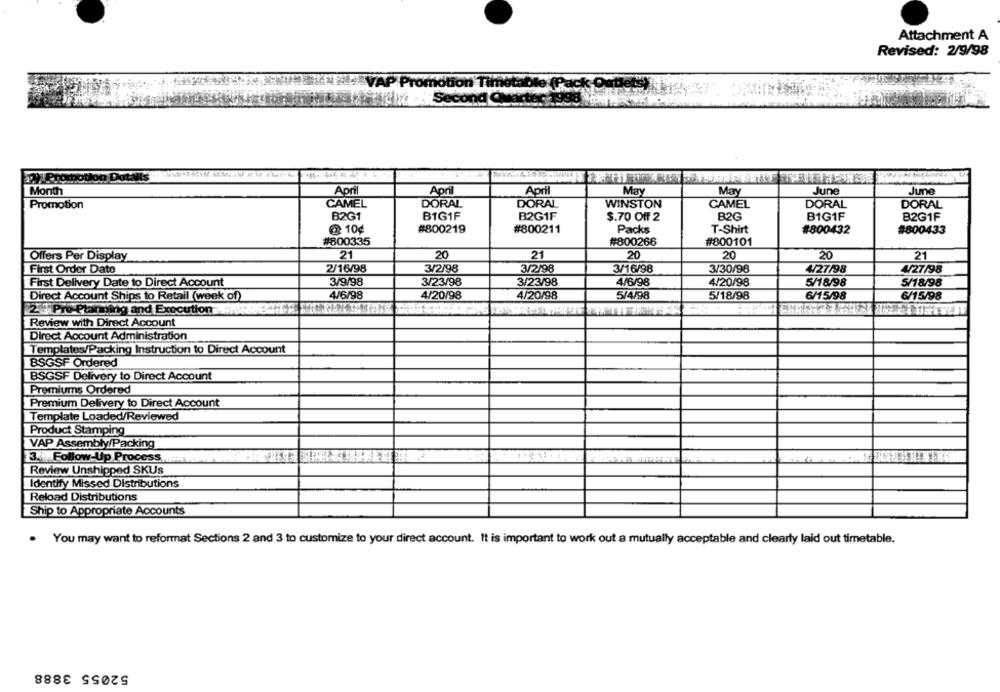
Attachment A
Revised: 2/9/98
table (Pac
econd
Month
April
April
April
May
May
June
June
Promotion
CAMEL
DORAL
DORAL
WINSTON
CAMEL
DORAL
DORAL
B2G1
B1G1F
B2G1F
$.70 Off 2
B2G
B1G1F
B2G1F
@ 10¢
#800219
#800211
Packs
T-Shirt
#800432
#800433
#800335
#800266
#800101
21
20
21
20
20
20
21
Offers Per Display
First Order Date
2/16/98
3/2/98
3/2/98
3/16/98
3/30/98
4/27/98
4/27/98
First Delivery Date to Direct Account
3/9/98
3/23/98
3/23/98
4/6/98
4/20/98
5/18/98
5/18/98
Direct Account Ships to Retail (week of)
4/6/98
4/20/98
4/20/98
5/4/98
5/18/98
6/15/98
6/15/98
2 7 Pro Paming and Execution
Review with Direct Account
Direct Account Administration
Templates/Packing Instruction to Direct Account
BSGSF Ordered
BSGSF Delivery to Direct Account
Premiums Ordered
Premium Delivery to Direct Account
Template Loaded/Reviewed
Product Stamping
VAP Assembly/Packing
3.Follow-Up Process
Review Unshipped SKUs
Identify Missed Distributions
Reload Distributions
Ship to Appropriate Accounts
. You may want to reformat Sections 2 and 3 to customize to your direct account. It is important to work out a mutually acceptable and clearly laid out timetable.
52055 3888